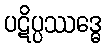
ပဋိပ္ပဿဒ္ဓေ